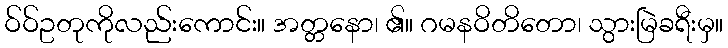
ဝ်ဝ်ဥတုကိုလည်းကောင်း။ အတ္တနော၊ ၏။ ဂမနဝိတိတော၊ သွားမြဲခရီးမှ။